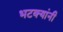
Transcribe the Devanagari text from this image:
भटक्यांनी